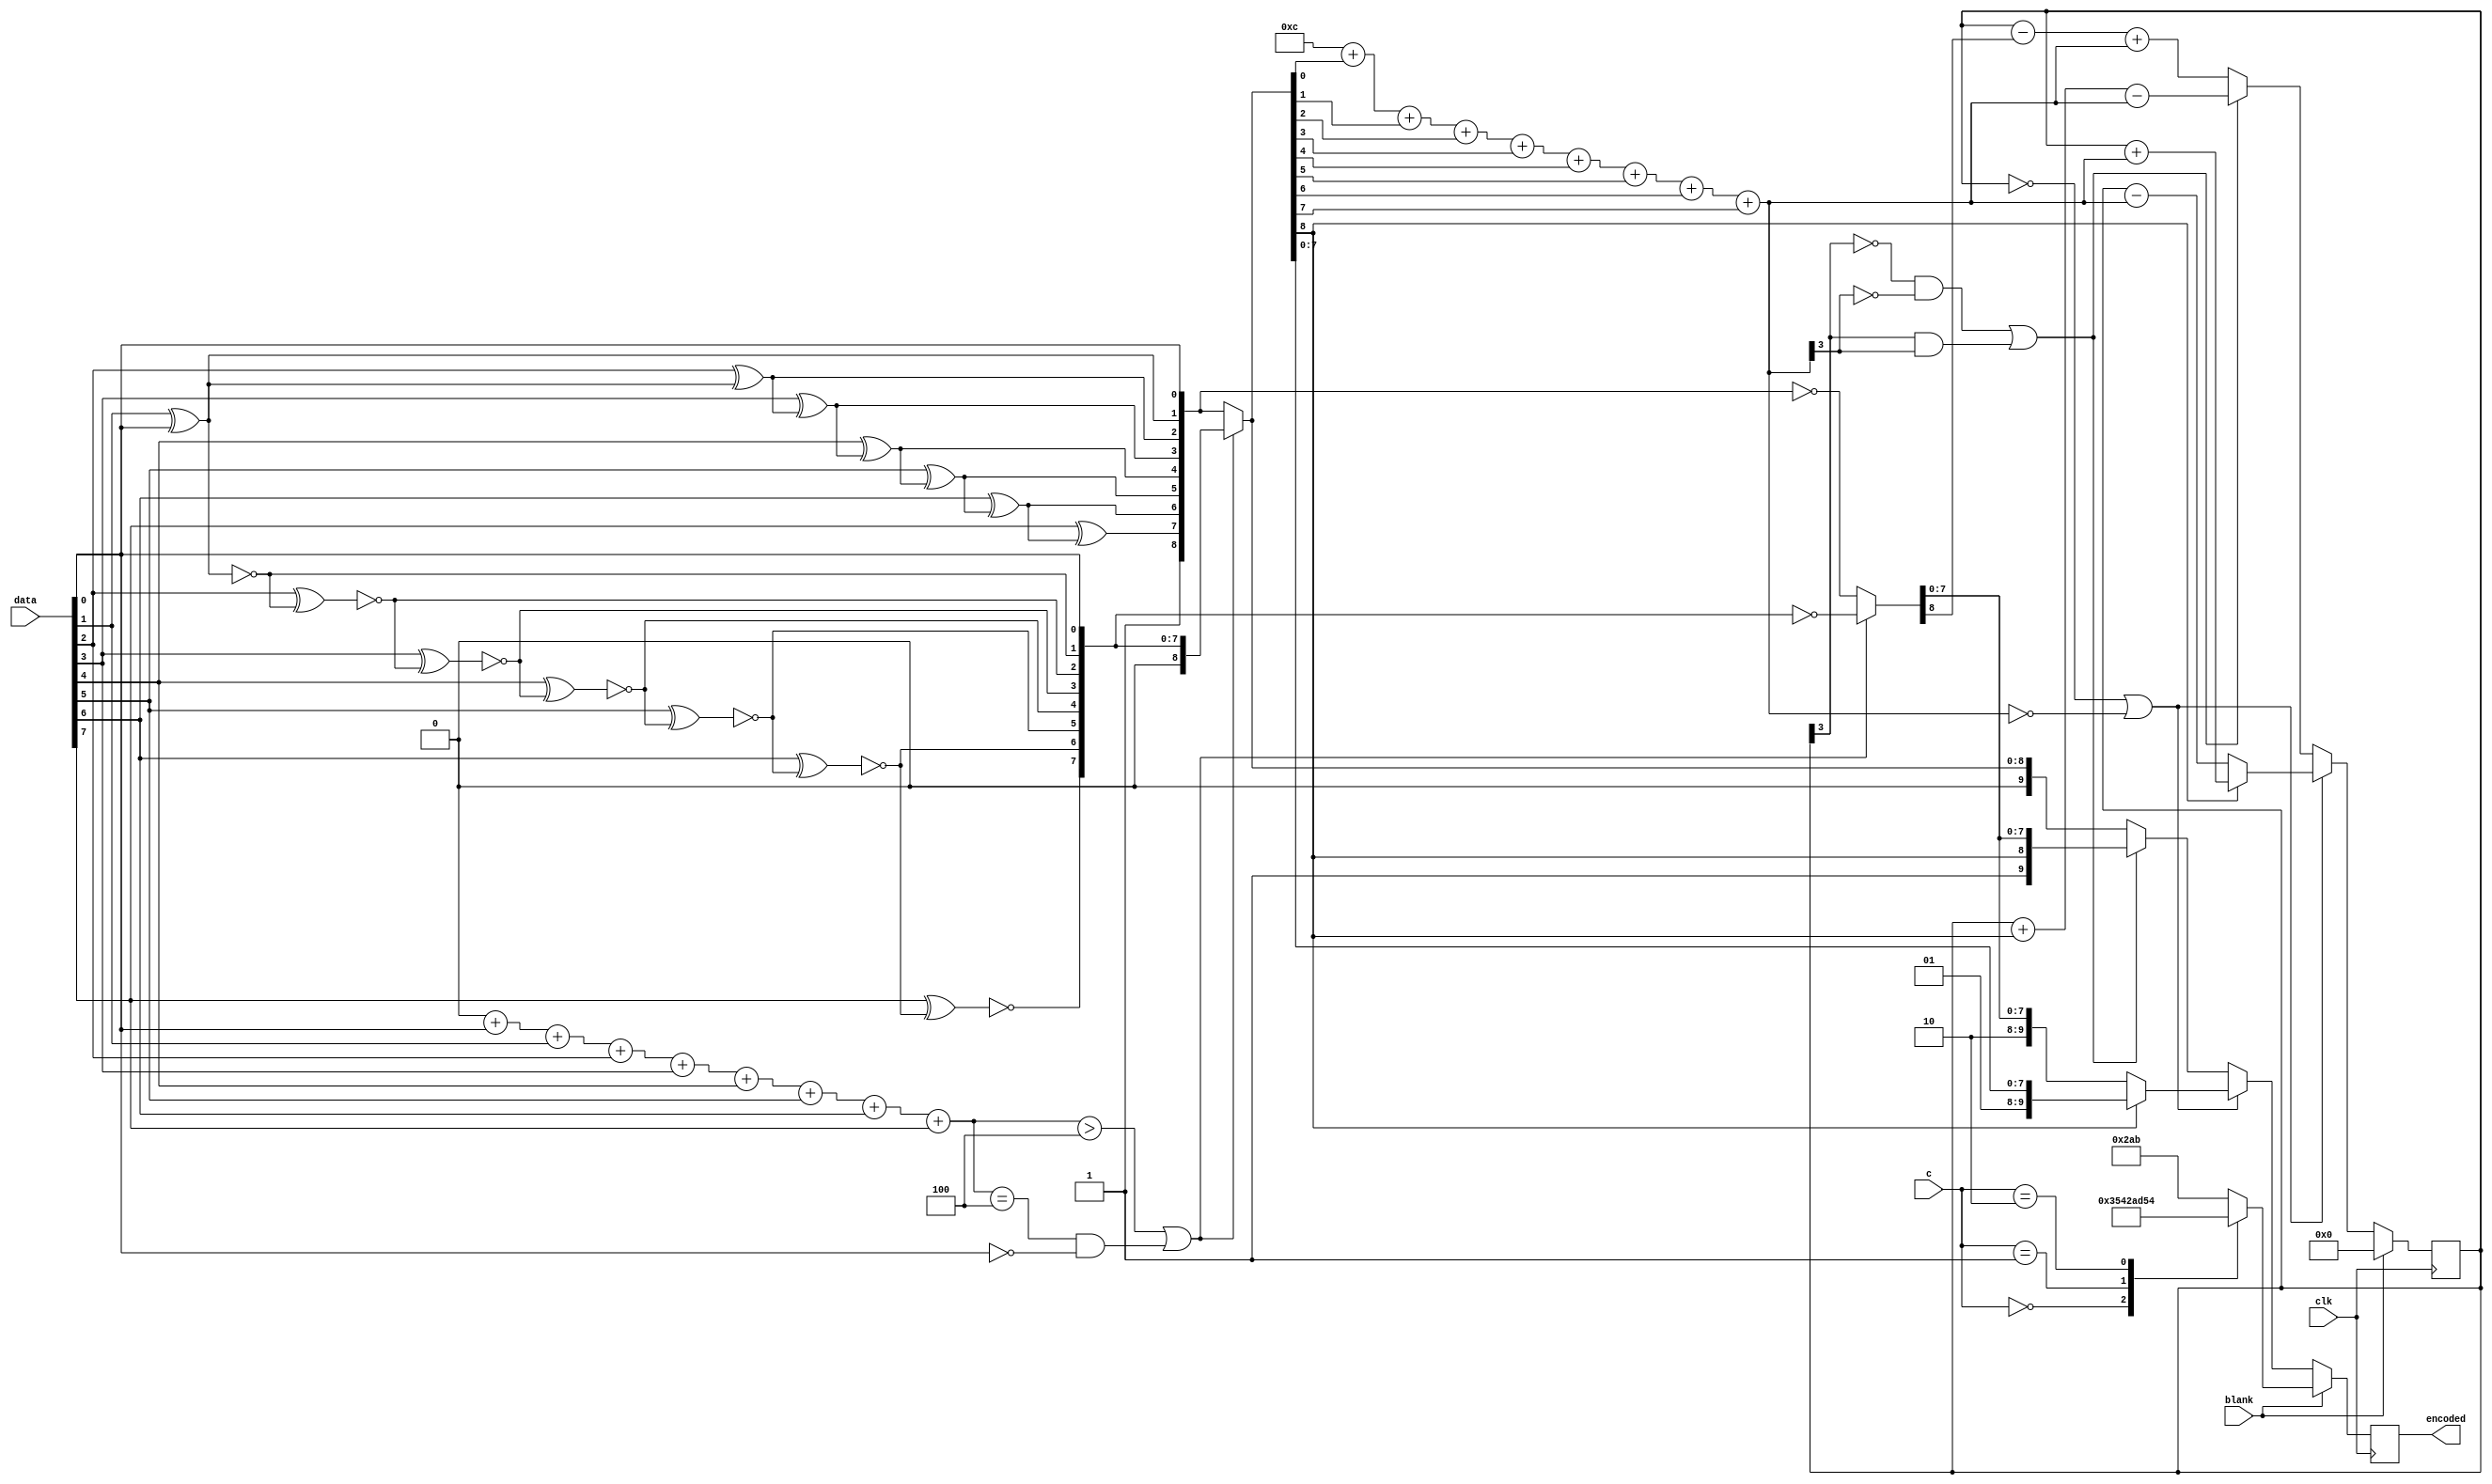
// File hdl/tmds_encoder.vhd translated with vhd2vl v3.0 VHDL to Verilog RTL translator
// vhd2vl settings:
//  * Verilog Module Declaration Style: 2001

// vhd2vl is Free (libre) Software:
//   Copyright (C) 2001 Vincenzo Liguori - Ocean Logic Pty Ltd
//     http://www.ocean-logic.com
//   Modifications Copyright (C) 2006 Mark Gonzales - PMC Sierra Inc
//   Modifications (C) 2010 Shankar Giri
//   Modifications Copyright (C) 2002-2017 Larry Doolittle
//     http://doolittle.icarus.com/~larry/vhd2vl/
//   Modifications (C) 2017 Rodrigo A. Melo
//
//   vhd2vl comes with ABSOLUTELY NO WARRANTY.  Always check the resulting
//   Verilog for correctness, ideally with a formal verification tool.
//
//   You are welcome to redistribute vhd2vl under certain conditions.
//   See the license (GPLv2) file included with the source for details.

// The result of translation follows.  Its copyright status should be
// considered unchanged from the original VHDL.

//--------------------------------------------------------------------------------
// 
// Description: TMDS Encoder 
//     8 bits colour, 2 control bits and one blanking bits in
//       10 bits of TMDS encoded data out
//     Clocked at the pixel clock
//
//--------------------------------------------------------------------------------
// See: http://hamsterworks.co.nz/mediawiki/index.php/Dvid_test
//      http://hamsterworks.co.nz/mediawiki/index.php/FPGA_Projects
//
// Copyright (c) 2012 Mike Field <hamster@snap.net.nz>
//
// Permission is hereby granted, free of charge, to any person obtaining a copy
// of this software and associated documentation files (the "Software"), to deal
// in the Software without restriction, including without limitation the rights
// to use, copy, modify, merge, publish, distribute, sublicense, and/or sell
// copies of the Software, and to permit persons to whom the Software is
// furnished to do so, subject to the following conditions:
//
// The above copyright notice and this permission notice shall be included in
// all copies or substantial portions of the Software.
//
// THE SOFTWARE IS PROVIDED "AS IS", WITHOUT WARRANTY OF ANY KIND, EXPRESS OR
// IMPLIED, INCLUDING BUT NOT LIMITED TO THE WARRANTIES OF MERCHANTABILITY,
// FITNESS FOR A PARTICULAR PURPOSE AND NONINFRINGEMENT. IN NO EVENT SHALL THE
// AUTHORS OR COPYRIGHT HOLDERS BE LIABLE FOR ANY CLAIM, DAMAGES OR OTHER
// LIABILITY, WHETHER IN AN ACTION OF CONTRACT, TORT OR OTHERWISE, ARISING FROM,
// OUT OF OR IN CONNECTION WITH THE SOFTWARE OR THE USE OR OTHER DEALINGS IN
// THE SOFTWARE.
//
// no timescale needed

module tmds_encoder(
input wire clk,
input wire [7:0] data,
input wire [1:0] c,
input wire blank,
output reg [9:0] encoded
);




wire [8:0] xored;
wire [8:0] xnored;
wire [3:0] ones;
reg [8:0] data_word;
reg [8:0] data_word_inv;
wire [3:0] data_word_disparity;
reg [3:0] dc_bias = 1'b0;

  // Work our the two different encodings for the byte
  assign xored[0] = data[0];
  assign xored[1] = data[1] ^ xored[0];
  assign xored[2] = data[2] ^ xored[1];
  assign xored[3] = data[3] ^ xored[2];
  assign xored[4] = data[4] ^ xored[3];
  assign xored[5] = data[5] ^ xored[4];
  assign xored[6] = data[6] ^ xored[5];
  assign xored[7] = data[7] ^ xored[6];
  assign xored[8] = 1'b1;
  assign xnored[0] = data[0];
  assign xnored[1] =  ~(data[1] ^ xnored[0]);
  assign xnored[2] =  ~(data[2] ^ xnored[1]);
  assign xnored[3] =  ~(data[3] ^ xnored[2]);
  assign xnored[4] =  ~(data[4] ^ xnored[3]);
  assign xnored[5] =  ~(data[5] ^ xnored[4]);
  assign xnored[6] =  ~(data[6] ^ xnored[5]);
  assign xnored[7] =  ~(data[7] ^ xnored[6]);
  assign xnored[8] = 1'b0;
  // Count how many ones are set in data
  assign ones = 4'b0000 + data[0] + data[1] + data[2] + data[3] + data[4] + data[5] + data[6] + data[7];
  // Decide which encoding to use
  always @(ones, data[0], xnored, xored) begin
    if(ones > 4 || (ones == 4 && data[0] == 1'b0)) begin
      data_word <= xnored;
      data_word_inv <=  ~(xnored);
    end
    else begin
      data_word <= xored;
      data_word_inv <=  ~(xored);
    end
  end

  // Work out the DC bias of the dataword;
  assign data_word_disparity = 4'b1100 + data_word[0] + data_word[1] + data_word[2] + data_word[3] + data_word[4] + data_word[5] + data_word[6] + data_word[7];
  // Now work out what the output should be
  always @(posedge clk) begin
    if(blank == 1'b1) begin
      // In the control periods, all values have and have balanced bit count
      case(c)
      2'b00 : begin
        encoded <= 10'b1101010100;
      end
      2'b01 : begin
        encoded <= 10'b0010101011;
      end
      2'b10 : begin
        encoded <= 10'b0101010100;
      end
      default : begin
        encoded <= 10'b1010101011;
      end
      endcase
      dc_bias <= {4{1'b0}};
    end
    else begin
      if(dc_bias == 5'b00000 || data_word_disparity == 0) begin
        // dataword has no disparity
        if(data_word[8] == 1'b1) begin
          encoded <= {2'b01,data_word[7:0]};
          dc_bias <= dc_bias + data_word_disparity;
        end
        else begin
          encoded <= {2'b10,data_word_inv[7:0]};
          dc_bias <= dc_bias - data_word_disparity;
        end
      end
      else if((dc_bias[3] == 1'b0 && data_word_disparity[3] == 1'b0) || (dc_bias[3] == 1'b1 && data_word_disparity[3] == 1'b1)) begin
        encoded <= {1'b1,data_word[8],data_word_inv[7:0]};
        dc_bias <= dc_bias + data_word[8] - data_word_disparity;
      end
      else begin
        encoded <= {1'b0,data_word};
        dc_bias <= dc_bias - data_word_inv[8] + data_word_disparity;
      end
    end
  end


endmodule